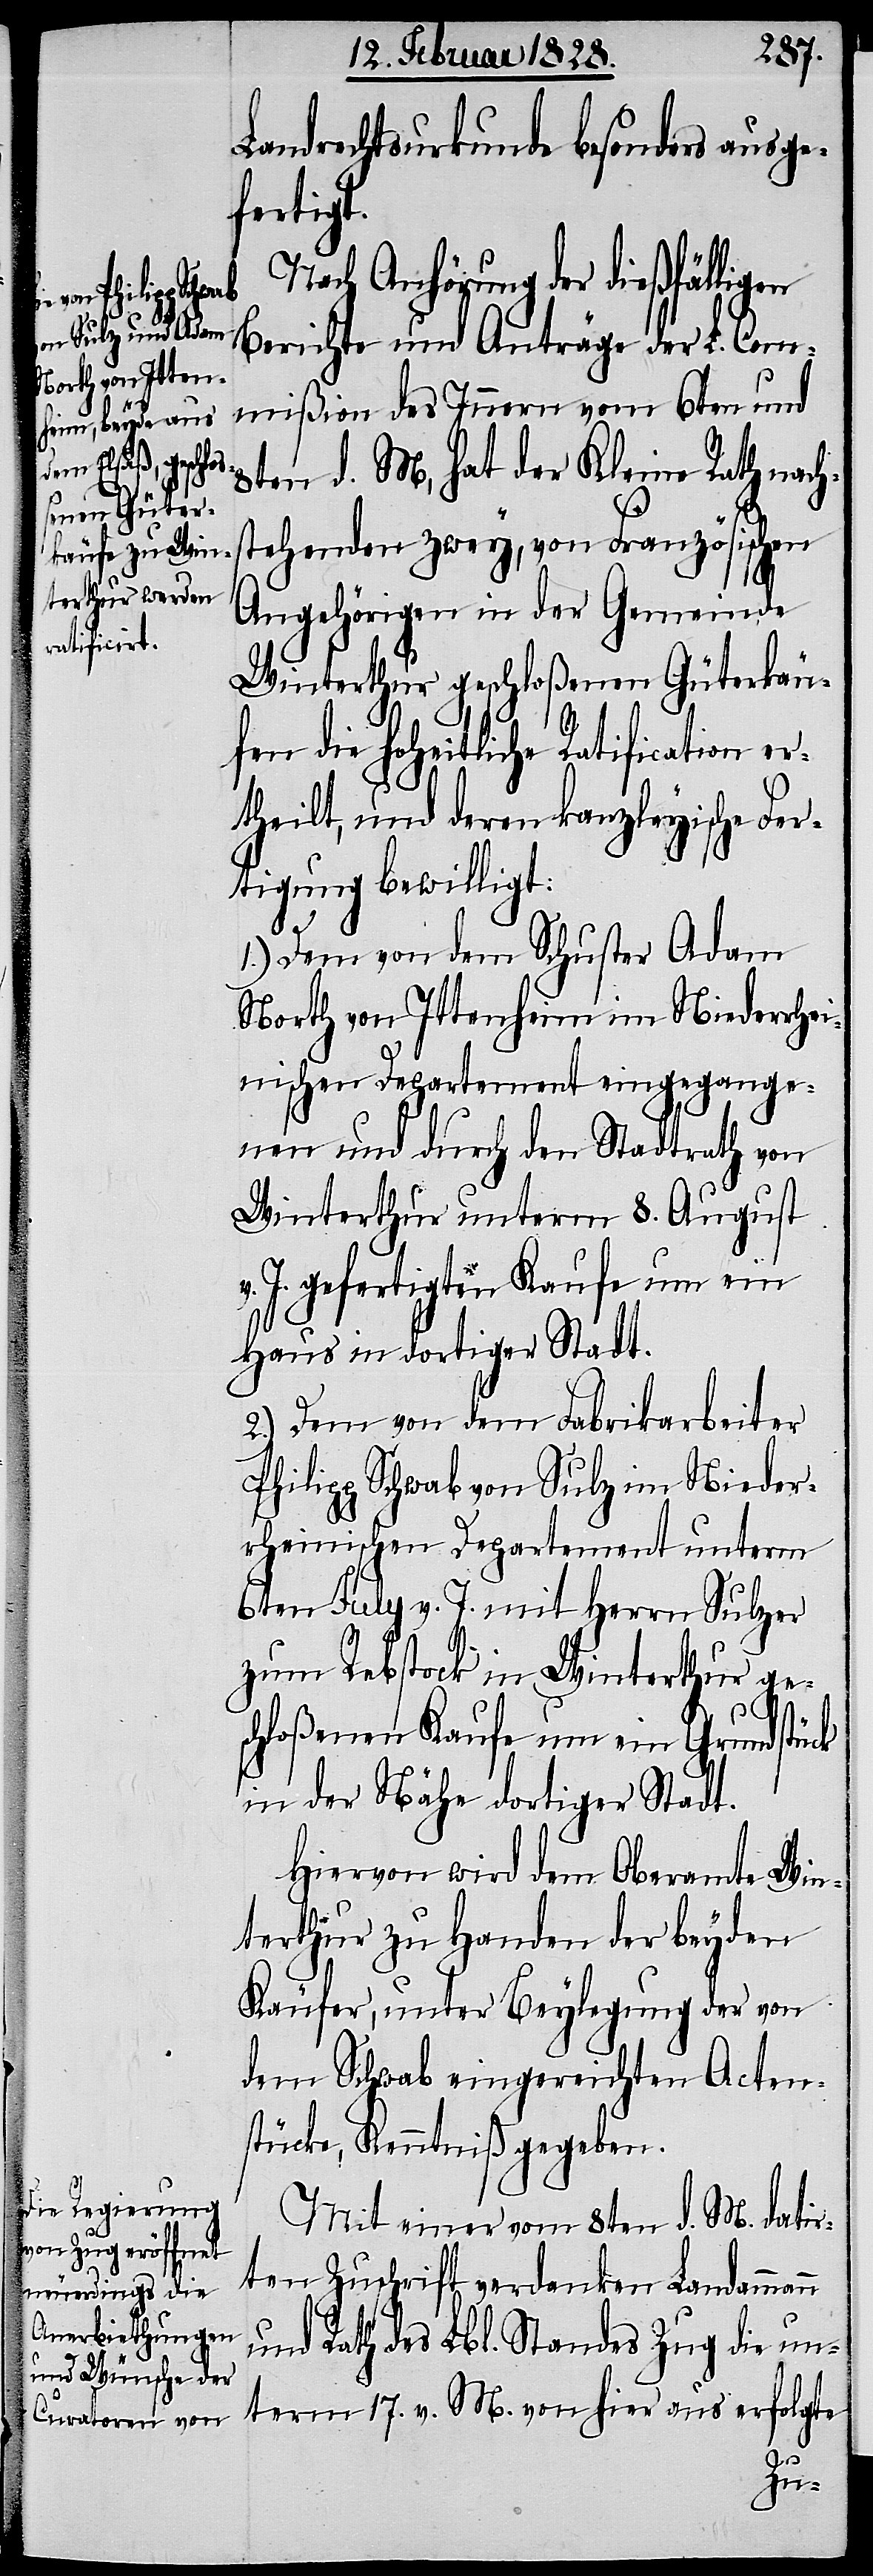
Landrechtsurkunde besonders ausge¬
fertigt.
Nach Anhörung der dießfälligen
Berichte und Anträge der L. Com¬
mißion des Innern vom 6ten und
8ten d. M, hat der Kleine Rath nach¬
stehenden zwey, von Französischen
Angehörigen in der Gemeinde
Winterthur geschloßenen Güterkäu¬
fen die hoheitliche Ratification er¬
theilt, und deren kanzleyische Fer¬
tigung bewilligt:
1.) Dem von dem Schuster Adam
North von Ittenheim im Niederrhei¬
nischen Departement eingegange¬
nen und durch den Stadtrath von
Winterthur unterm 8. August
J. gefertigten Kaufe um ein
Haus in dortiger Stadt.
2.) Dem von dem Fabrikarbeiter
Philipp Schwab von Sulz im Nieder¬
rheinischen Departement unterm
6ten July v. J. mit Herrn Sulzer
zum Rebstock in Winterthur ge¬
schloßenen Kaufe um ein Grundstück
in der Nähe dortiger Stadt.
Hiervon wird dem Oberamte Win¬
terthur zu Handen der beyden
Käufer, unter Beylegung der von
dem Schwab eingereichten Acten¬
stücke, Kenntniß gegeben.
Mit einer vom 8ten d. M. datir¬
ten Zuschrift verdanken Landamman¬
und Rath des Lbl. Standes Zug die un¬
term 17. v. M. von hier aus erfolgte
n